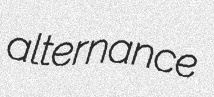
alternance